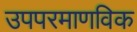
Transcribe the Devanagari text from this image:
उपपरमाणविक